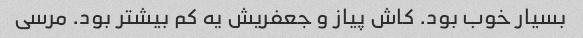
بسیار خوب بود. کاش پیاز و جعفریش یه کم بیشتر بود. مرسی